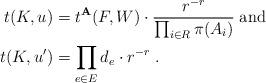
LaTeX: \begin{align*}t(K,u)& = t^{\mathbf{A}}(F,W)\cdot \frac{r^{-r}}{\prod_{i\in R}\pi(A_i)} \;\mbox{and}\\t(K,u')&=\prod_{e\in E}d_e\cdot r^{-r}\;.\end{align*}